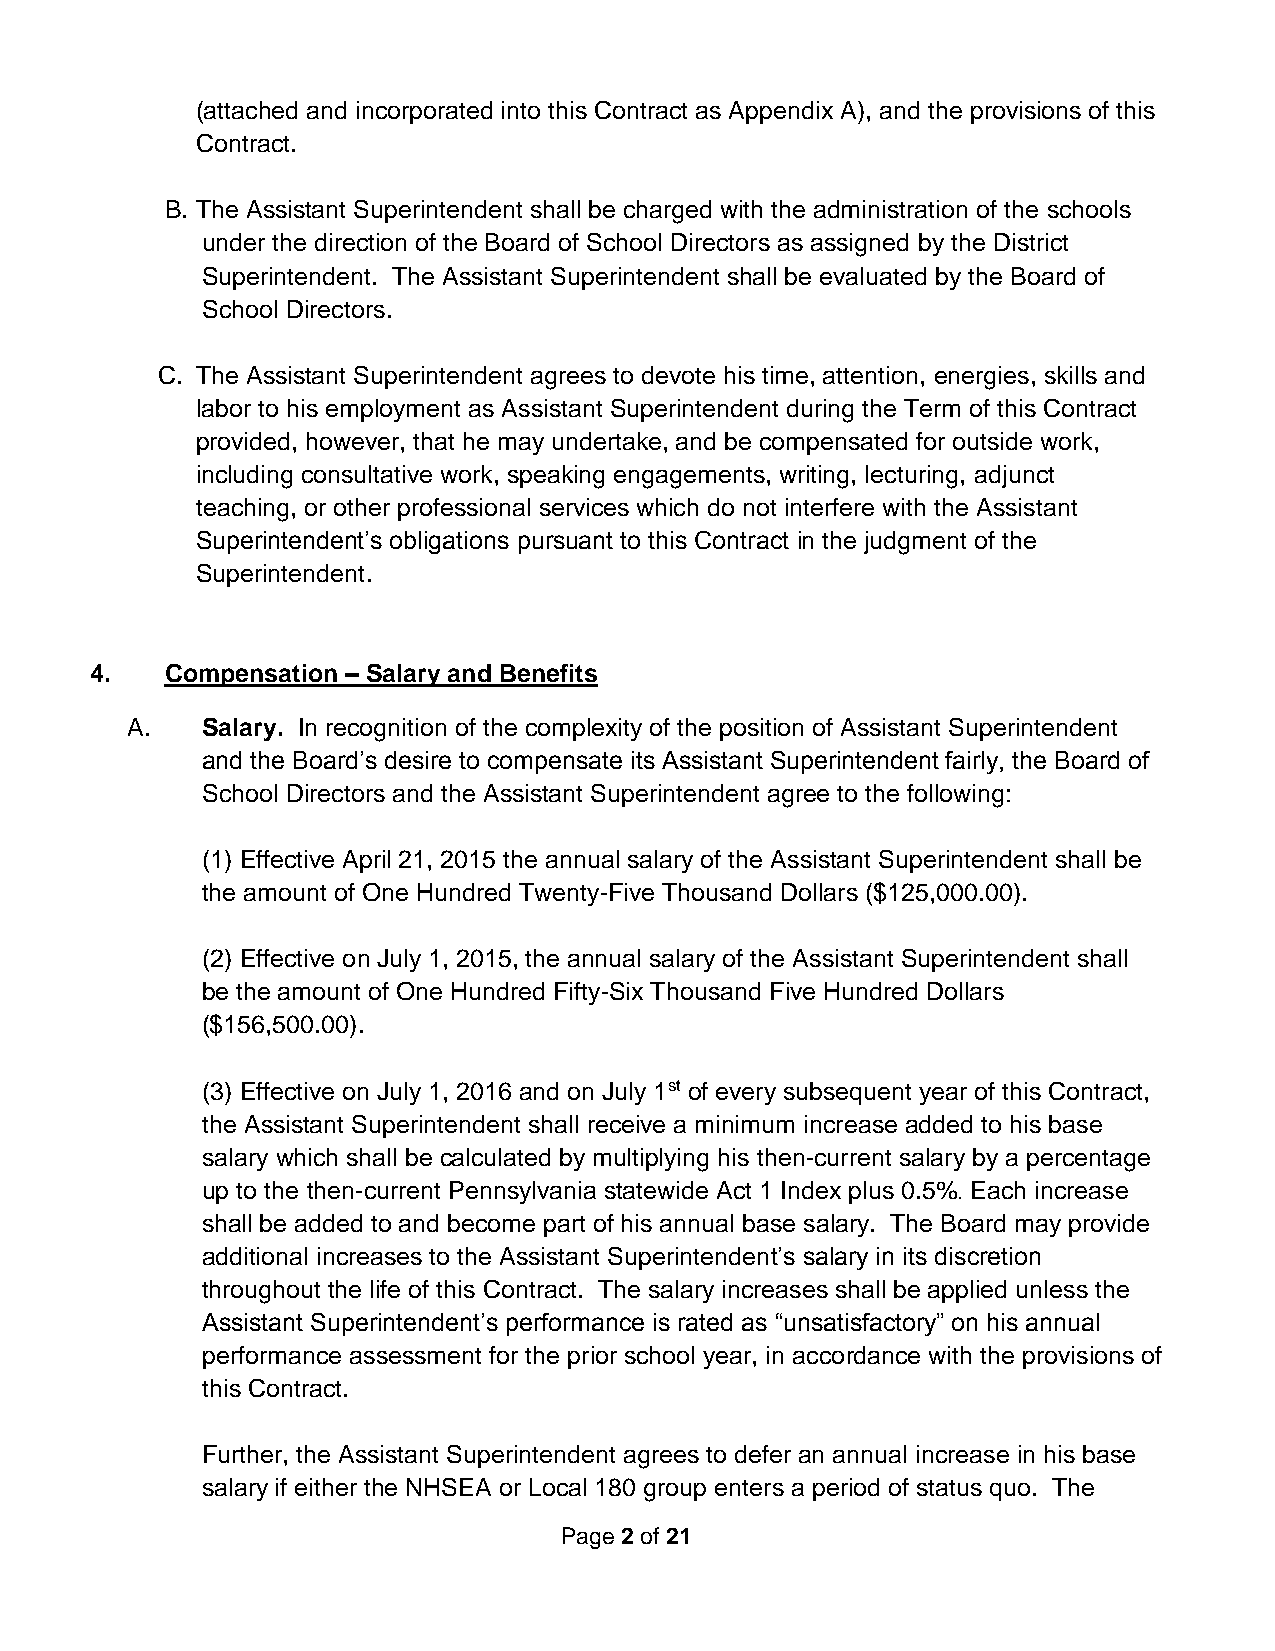
(attached and incorporated into this Contract as Appendix A), and the provisions of this
 Contract.
 B. The Assistant Superintendent shall be charged with the administration of the schools
 under the direction of the Board of School Directors as assigned by the District
 Superintendent. The Assistant Superintendent shall be evaluated by the Board of
 School Directors.
 C. The Assistant Superintendent agrees to devote his time, attention, energies, skills and
 labor to his employment as Assistant Superintendent during the Term of this Contract
 provided, however, that he may undertake, and be compensated for outside work,
 including consultative work, speaking engagements, writing, lecturing, adjunct
 teaching, or other professional services which do not interfere with the Assistant
 Superintendent’s obligations pursuant to this Contract in the judgment of the
 Superintendent.
 4.   Compensation – Salary and Benefits
 A.   Salary. In recognition of the complexity of the position of Assistant Superintendent
 and the Board’s desire to compensate its Assistant Superintendent fairly, the Board of
 School Directors and the Assistant Superintendent agree to the following:
 (1) Effective April 21, 2015 the annual salary of the Assistant Superintendent shall be
 the amount of One Hundred Twenty-Five Thousand Dollars ($125,000.00).
 (2) Effective on July 1, 2015, the annual salary of the Assistant Superintendent shall
 be the amount of One Hundred Fifty-Six Thousand Five Hundred Dollars
 ($156,500.00).
 (3) Effective on July 1, 2016 and on July 1st of every subsequent year of this Contract,
 the Assistant Superintendent shall receive a minimum increase added to his base
 salary which shall be calculated by multiplying his then-current salary by a percentage
 up to the then-current Pennsylvania statewide Act 1 Index plus 0.5% Each increase
 .
 shall be added to and become part of his annual base salary. The Board may provide
 additional increases to the Assistant Superintendent’s salary in its discretion
 throughout the life of this Contract. The salary increases shall be applied unless the
 Assistant Superintendent’s performance is rated as “unsatisfactory” on his annual
 performance assessment for the prior school year, in accordance with the provisions of
 this Contract.
 Further, the Assistant Superintendent agrees to defer an annual increase in his base
 salary if either the NHSEA or Local 180 group enters a period of status quo. The
 Page 2 of 21